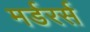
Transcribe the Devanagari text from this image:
मर्डरर्स